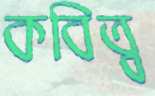
কবিত্ব